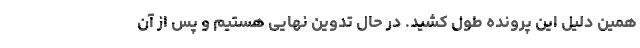
همین دلیل این پرونده طول کشید. در حال تدوین نهایی هستیم و پس از آن